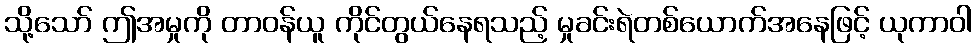
သို့သော် ဤအမှုကို တာဝန်ယူ ကိုင်တွယ်နေရသည့် မှုခင်းရဲတစ်ယောက်အနေဖြင့် ယုကာဝါ